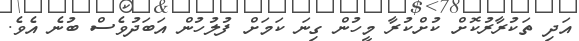
އަދި ތަކުރާރުކޮށް ކުށްކުރާ މީހުން ގިނަ ކަމަށް ފުލުހުން އަބަދުވެސް ބުނެ އެވެ.